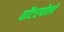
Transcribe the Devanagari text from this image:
वॉटरपोलो